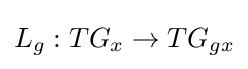
L_{g}:TG_{x}\rightarrow TG_{gx}